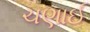
ચણાઈ